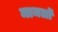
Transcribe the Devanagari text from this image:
मामलॊं